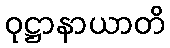
ဝုဋ္ဌာနာယာတိ